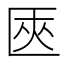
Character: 匧